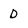
Character: D